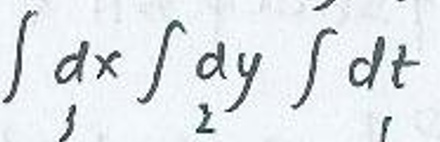
\(\int_{1}^{}dx\int_{2}^{}dy\int_{1}^{}dt\)